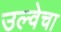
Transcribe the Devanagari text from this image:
उल्वेचा